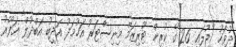
ދުވަހު "ޖުލައި 26"ގެ ކުރިން ޓޫރިޒަމް މިނިސްޓަރު އަހުމަދު އަދީބު އަބްދުލް ޣަފޫރު